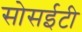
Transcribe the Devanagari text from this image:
सोसईटी